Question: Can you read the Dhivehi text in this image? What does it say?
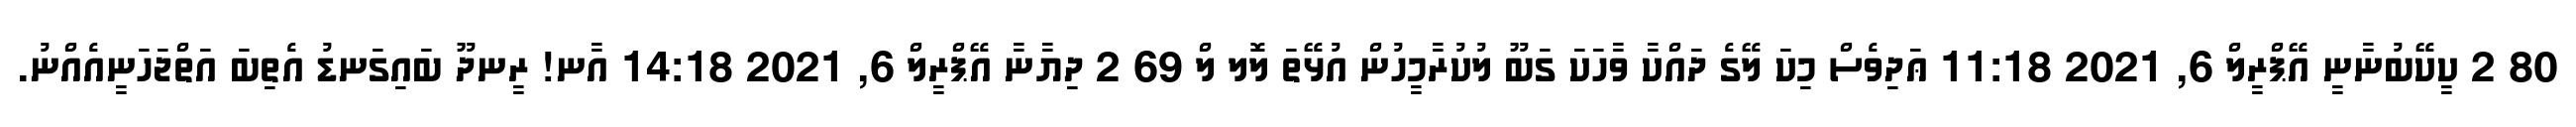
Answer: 80 2 ކީކޭބުނާނީ އޭޕްރީލް 6, 2021 11:18 ޢަދިވެސް މިކަ ލޭގެ ދައްކާ ވާހަކަ ގަބޫ ލުކުރާމީހުން އުޅޭތަ ލޮލ ލް 69 2 ދިޔާނާ އޭޕްރީލް 6, 2021 14:18 އާނ! ރީނދޫ ބައިގަނޑު އެތިބަ އަތްޖަހަނީއެއްނު.